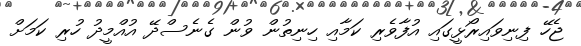
ޖެހޭ ފިނިވައިރޯޅީގައި އުފާވެރި ކަމާއި ހިނިތުން ވުން ގެނެސްދޭ އުއްމީދު ހުރި ކަމަށް